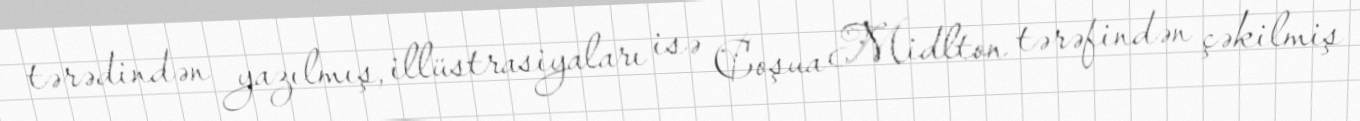
tərədindən yazılmış, illüstrasiyaları isə Coşua Midlton tərəfindən çəkilmiş